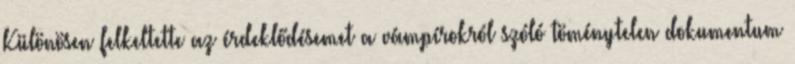
Különösen felkeltette az érdeklődésemet a vámpírokról szóló töménytelen dokumentum